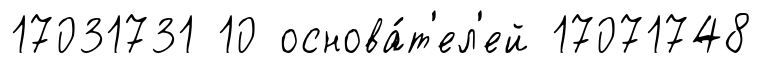
17031731 10 основа́т'ел'ей 17071748